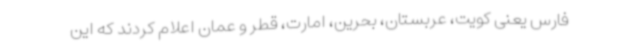
فارس یعنی کویت، عربستان، بحرین، امارت، قطر و عمان اعلام کردند که این